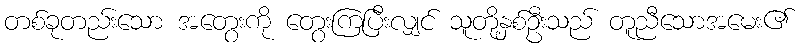
တစ်ခုတည်းသော အတွေးကို တွေးကြပြီးလျှင် သူတို့နှစ်ဦးသည် တူညီသောအမေး၏